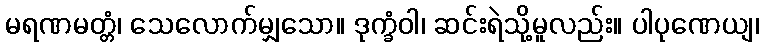
မရဏမတ္တံ၊ သေလောက်မျှသော။ ဒုက္ခံဝါ၊ ဆင်းရဲသို့မူလည်း။ ပါပုဏေယျ၊